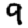
Digit: 9